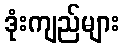
ဒုံးကျည်များ